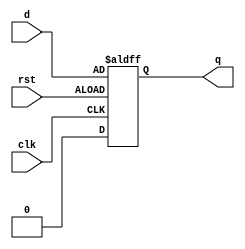
`timescale 1ns / 1ps
//////////////////////////////////////////////////////////////////////////////////
// Company: 
// Engineer: 
// 
// Design Name: 
// Module Name: D
// Project Name: 
// Target Devices: 
// Tool Versions: 
// Description: 
// 
// Dependencies: 
// 
// Revision:
// Revision 0.01 - File Created
// Additional Comments:
// 
//////////////////////////////////////////////////////////////////////////////////

module D(
    input clk,
    input rst,
    input d,
    output reg q
);
    always @(posedge clk,negedge rst)begin
    if(rst==1'b1)
    q<=1'b0;
    else
    q<=d;
    end
endmodule